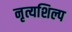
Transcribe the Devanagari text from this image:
नृत्यशिल्प